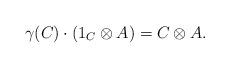
LaTeX: \begin{align*} \gamma(C)\cdot(1_C\otimes A)=C\otimes A . \end{align*}